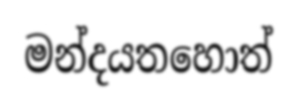
මන්දයතහොත්